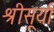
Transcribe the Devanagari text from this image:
श्रीसूर्या